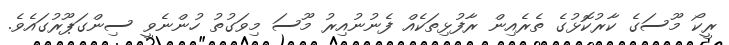
ރީކޯ މޫސަގެ ކާރުކޮޅުގެ ތެރެއިން ރާފުޅިތަކެއް ފެނުނުއިރު މޫސަ މިވަގުތު ހުންނެވީ ސިންގަޕޫރުގައެވެ.